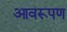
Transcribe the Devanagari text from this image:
आवरूपण